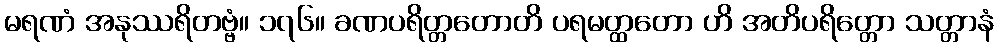
မရဏံ အနုဿရိတဗ္ဗံ။ ၁၇၆။ ခဏပရိတ္တတောတိ ပရမတ္ထတော ဟိ အတိပရိတ္တော သတ္တာနံ